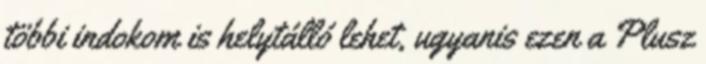
többi indokom is helytálló lehet, ugyanis ezen a Plusz